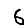
Digit: 6